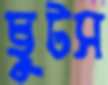
ছুটস